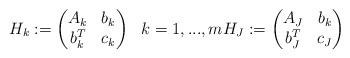
\begin{align*}H_k:=\begin{pmatrix}A_k&b_k\\b_k^T&c_k\end{pmatrix}\ \ k=1,...,mH_J:=\begin{pmatrix}A_J&b_k\\b_J^T&c_J\end{pmatrix}\end{align*}